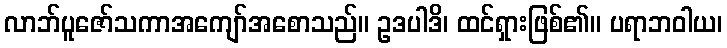
လာဘ်ပူဇော်သကာအကျော်အစောသည်။ ဥဒပါဒိ၊ ထင်ရှားဖြစ်၏။ ပရာဘဝါယ၊